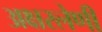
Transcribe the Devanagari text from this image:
अक्षरलेणी